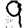
Digit: 9